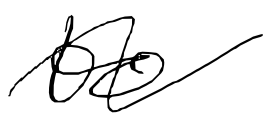
Text: to
Cross-out: wave
Writing tool: digital_black